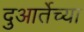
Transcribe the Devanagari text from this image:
दुआर्तेच्या